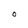
Character: O